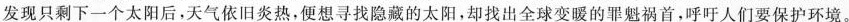
发现只剩下-一个太阳后，天气依旧炎热，便想寻找隐藏的太阳，却找出全球变暖的罪魁祸首，呼吁人们要保护环境。